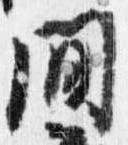
間